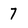
Character: 7